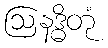
ဩနဒ္ဓိတုံ